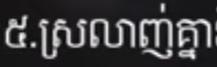
៥.ស្រលាញ់គ្នា